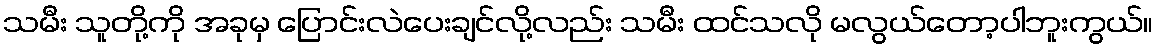
သမီး သူတို့ကို အခုမှ ပြောင်းလဲပေးချင်လို့လည်း သမီး ထင်သလို မလွယ်တော့ပါဘူးကွယ်။